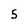
Character: 5